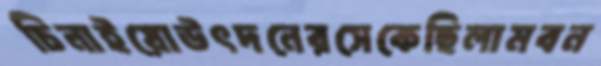
চিনাইয়োউৎদনেরসেকেছিলামবন